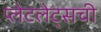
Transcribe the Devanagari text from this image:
प्लेटलेट्‌सची